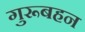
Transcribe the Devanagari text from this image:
गुरूबहन